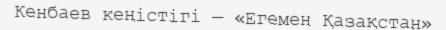
Кенбаев кеңістігі — «Егемен Қазақстан»